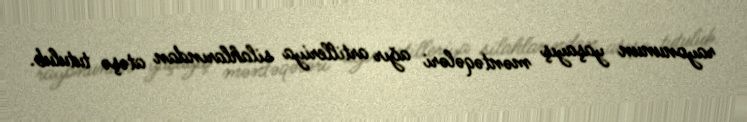
rayonunun yaşayış məntəqələri ağır artilleriya silahlarından atəşə tutulub.